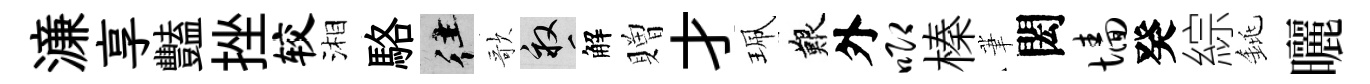
濓享豔挫较湘駱往歌畝解贈才珮艱外唧榛茟閎墙癸綜銚曬